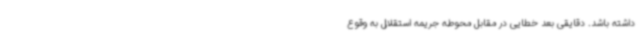
داشته باشد. دقایقی بعد خطایی در مقابل محوطه جریمه استقلال به وقوع